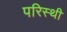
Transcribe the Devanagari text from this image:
परिस्थी